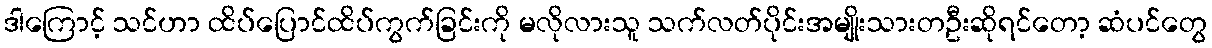
ဒါကြောင့် သင်ဟာ ထိပ်ပြောင်ထိပ်ကွက်ခြင်းကို မလိုလားသူ သက်လတ်ပိုင်းအမျိုးသားတဦးဆိုရင်တော့ ဆံပင်တွေ